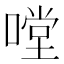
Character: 嘡